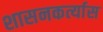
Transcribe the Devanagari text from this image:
शासनकर्त्यास